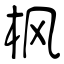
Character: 枫